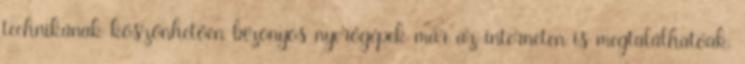
technikának köszönhetően bizonyos nyerőgépek már az interneten is megtalálhatóak.